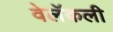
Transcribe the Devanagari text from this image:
वेलॅकली